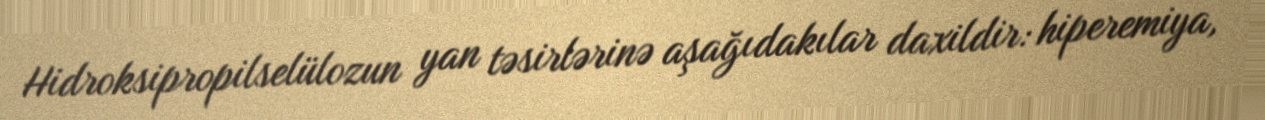
Hidroksipropilselülozun yan təsirlərinə aşağıdakılar daxildir: hiperemiya,